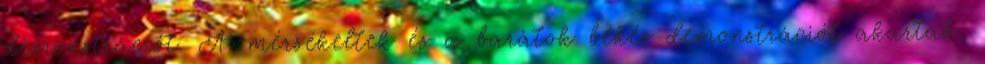
demonstrációt. A mérsékeltek és a barátok békés demonstrációt akartak,